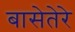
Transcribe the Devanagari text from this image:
बासेतेरे